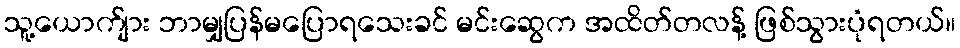
သူ့ယောက်ျား ဘာမျှပြန်မပြောရသေးခင် မင်းဆွေက အထိတ်တလန့် ဖြစ်သွားပုံရတယ်။